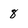
Character: 8